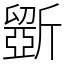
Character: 斵